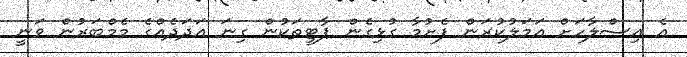
އެ އިސްލާހަށް އަމަލުކުރަން ފެށުމާ ގުޅިގެން ޕާޓީތަކުން ގިނަ އަދަދެއްގެ މެމްބަރުން ވަނީ